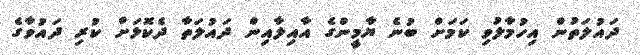
ދައުލަތުން އިހުމާލުވި ކަމަށް ބުނެ ޔާމީންގެ އާއިލާއިން ދައުލަތާ ދެކޮޅަށް ކުރި ދައުވާގެ